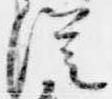
従